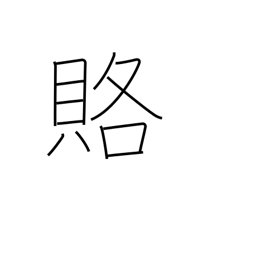
Meaning: bribe